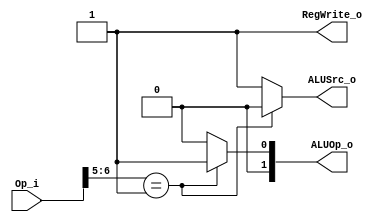
module Control
(
    Op_i,
    ALUOp_o,
    ALUSrc_o,
    RegWrite_o
);

// Ports
input   [6:0]       Op_i;
output  [1:0]       ALUOp_o;
output              ALUSrc_o;
output              RegWrite_o;

reg     [1:0]       ALUOp_o;
reg                 ALUSrc_o;

`define Rtype 2'b01
`define Itype 2'b00

always@(Op_i) begin
    if (Op_i[6:5] == 2'b01)
        begin
            ALUSrc_o = 1'b0;
            ALUOp_o = `Rtype;
        end
    else
        begin
            ALUSrc_o = 1'b1;
            ALUOp_o = `Itype;
        end
end

assign RegWrite_o = 1'b1;

endmodule